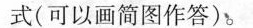
式(可以画简图作答)。